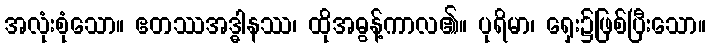
အလုံးစုံသော။ ဧတဿအဒ္ဓါနဿ၊ ထိုအဓွန့်ကာလ၏။ ပုရိမာ၊ ရှေး၌ဖြစ်ပြီးသော။